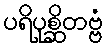
ပရိပုစ္ဆိတဗ္ဗံ